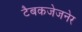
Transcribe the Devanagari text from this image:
टैबकजेजनेर